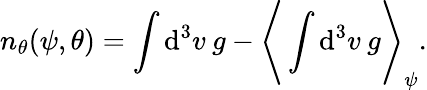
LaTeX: n_{\theta}(\psi,\theta)=\int\mathrm{d}^{3}v\: g-\Bigg\langle\int\mathrm{d}^{3}v\: g\Bigg\rangle_{\psi}.